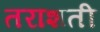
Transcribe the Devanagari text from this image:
तराशती